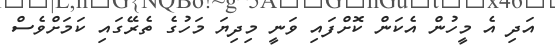
އަދި އެ މީހުން އެކަން ކޮށްފައި ވަނީ މިދިޔަ މަހުގެ ތެރޭގައި ކަމަށްވެސް